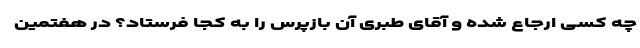
چه کسی ارجاع شده و آقای طبری آن بازپرس را به کجا فرستاد؟ در هفتمین